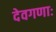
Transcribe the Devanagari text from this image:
देवगणाः